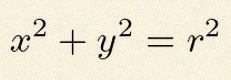
x^2+y^2=r^2